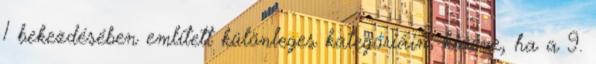
1 bekezdésében említett különleges kategóriáin, kivéve, ha a 9.